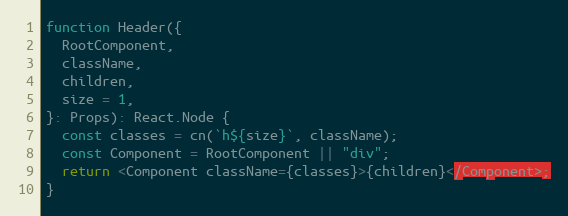
Language: JavaScript
function Header({
  RootComponent,
  className,
  children,
  size = 1,
}: Props): React.Node {
  const classes = cn(`h${size}`, className);
  const Component = RootComponent || "div";
  return <Component className={classes}>{children}</Component>;
}